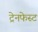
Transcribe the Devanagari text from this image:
ट्रेनफेस्ट